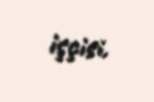
işçisi.